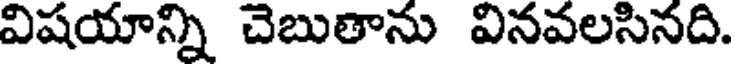
విషయాన్ని చెబుతాను వినవలసినది.